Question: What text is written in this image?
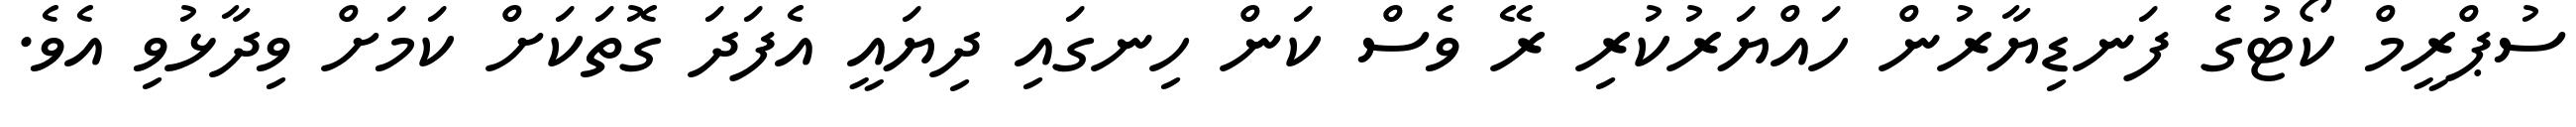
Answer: ސުޕްރީމް ކޯޓުގެ ފަނޑިޔާރުން ހައްޔަރުކުރި ރޭ ވެސް ކަން ހިނގައި ދިޔައީ އެފަދަ ގޮތަކަށް ކަމަށް ވިދާޅުވި އެވެ.